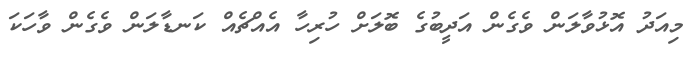
މިއަދު އޮޅުވާލަން ވެގެން އަދީބުގެ ބޮލަށް ހުރިހާ އެއްޗެއް ކަނޑާލަން ވެގެން ވާހަކަ